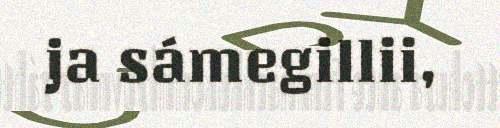
ja sámegillii,